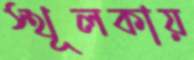
স্থূলকায়